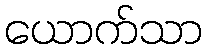
ယောက်သာ